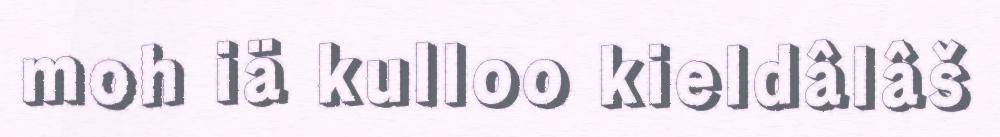
moh iä kulloo kieldâlâš